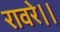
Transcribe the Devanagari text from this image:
रावरे।।